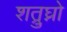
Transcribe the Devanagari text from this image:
शत्रुघ्नो